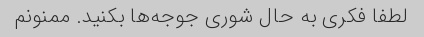
لطفا فکری به حال شوری جوجه‌ها بکنید. ممنونم